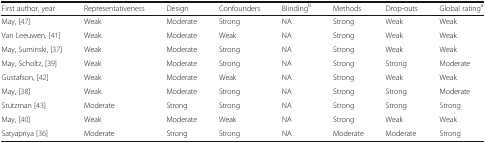
| First author, year | Representativeness | Design | Confounders | Blindingb | Methods | Drop-outs | Global ratinga |
 | --- | --- | --- | --- | --- | --- | --- | --- |
 | May, [47] | Weak | Moderate | Strong | NA | Strong | Weak | Weak |
 | Van Leeuwen, [41] | Weak | Moderate | Weak | NA | Strong | Weak | Weak |
 | May, Suminski, [37] | Weak | Moderate | Strong | NA | Strong | Weak | Weak |
 | May, Scholtz, [39] | Weak | Moderate | Strong | NA | Strong | Strong | Moderate |
 | Gustafson, [42] | Weak | Moderate | Weak | NA | Strong | Weak | Weak |
 | May, [38] | Weak | Moderate | Strong | NA | Strong | Strong | Moderate |
 | Stutzman [43] | Moderate | Strong | Strong | NA | Strong | Strong | Strong |
 | May, [40] | Weak | Moderate | Weak | NA | Strong | Weak | Weak |
 | Satyapriya [36] | Moderate | Strong | Strong | NA | Moderate | Moderate | Strong |